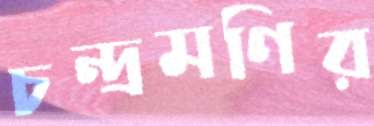
চন্দ্রমণির